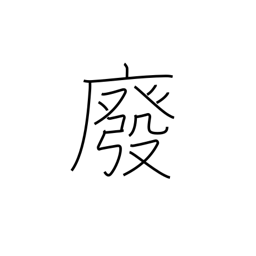
Meaning: abrogate